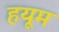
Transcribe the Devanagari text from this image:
हयूम